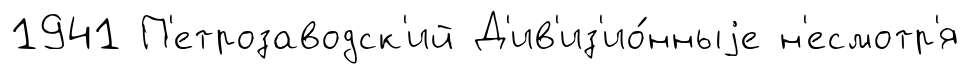
1941 П'етрозаводск'ий Д'ив'из'ио́нныjе н'есмотр'я